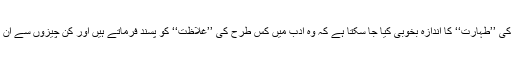
آگے کی سطور سے ان کے قلب و نظر کی ’’طہارت‘‘ کا اندازہ بخوبی کیا جا سکتا ہے کہ وہ ادب میں کس طرح کی ’’غلاظت‘‘ کو پسند فرماتے ہیں اور کن چیزوں سے ان کے قلب و نظر کا رشتہ استوار ہوتا ہے۔